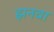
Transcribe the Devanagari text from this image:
झनवा